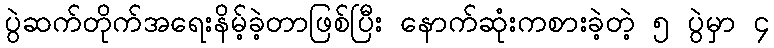
ပွဲဆက်တိုက်အရေးနိမ့်ခဲ့တာဖြစ်ပြီး နောက်ဆုံးကစားခဲ့တဲ့ ၅ ပွဲမှာ ၄